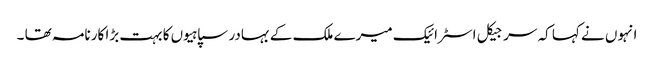
انہوں نے کہا کہ سرجیکل اسٹرائیک میرے ملک کے بہادر سپاہیوں کا بہت بڑا کارنامہ تھا ۔